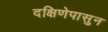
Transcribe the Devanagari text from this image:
दक्षिणेपासुन